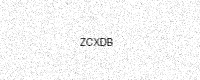
Text: ZCXDB